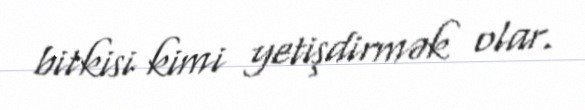
bitkisi kimi yetişdirmək olar.